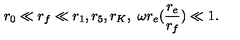
r _ { 0 } \ll r _ { f } \ll r _ { 1 } , r _ { 5 } , r _ { K } , \ \omega r _ { e } ( \frac { r _ { e } } { r _ { f } } ) \ll 1 .